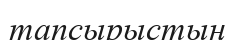
тапсырыстың